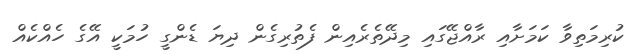
ކުރިމަތިވާ ކަމަށާއި ރާއްޖޭގައި މިދޭތެރެއިން ފެތުރިގެން ދިޔަ ޑެންގީ ހުމަކީ އޭގެ ހެއްކެއް